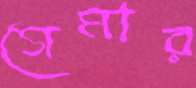
গেমার